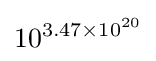
10^{3.47\times 10^{20}}